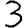
Digit: 3